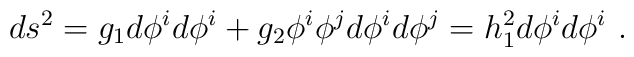
ds^2 = g_1  d \phi^i d \phi^i + g_2 \phi^i \phi^j  d \phi^i d \phi^j = h_1^2 d \phi^i d \phi^i ~.